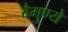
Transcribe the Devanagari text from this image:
वैगुण्ये